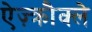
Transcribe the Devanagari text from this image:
ऐज़्क्रौक्ले